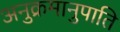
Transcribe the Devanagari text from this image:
अनुक्रमानुपाति